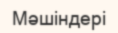
Мәшіндері